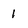
Character: 1